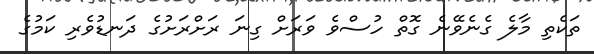
ތަކެތި މާލެ ގެނެވޭނެ ގޮތް ހުސްވެ ވަރަށް ގިނަ ރަށްރަށުގެ ދަނޑުވެރި ކަމުގެ